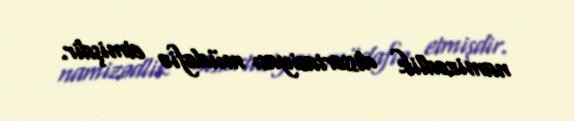
namizədlik dissertasiyası müdafiə etmişdir.